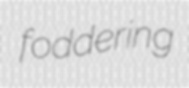
foddering